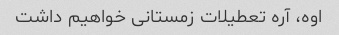
اوه، آره تعطیلات زمستانی خواهیم داشت